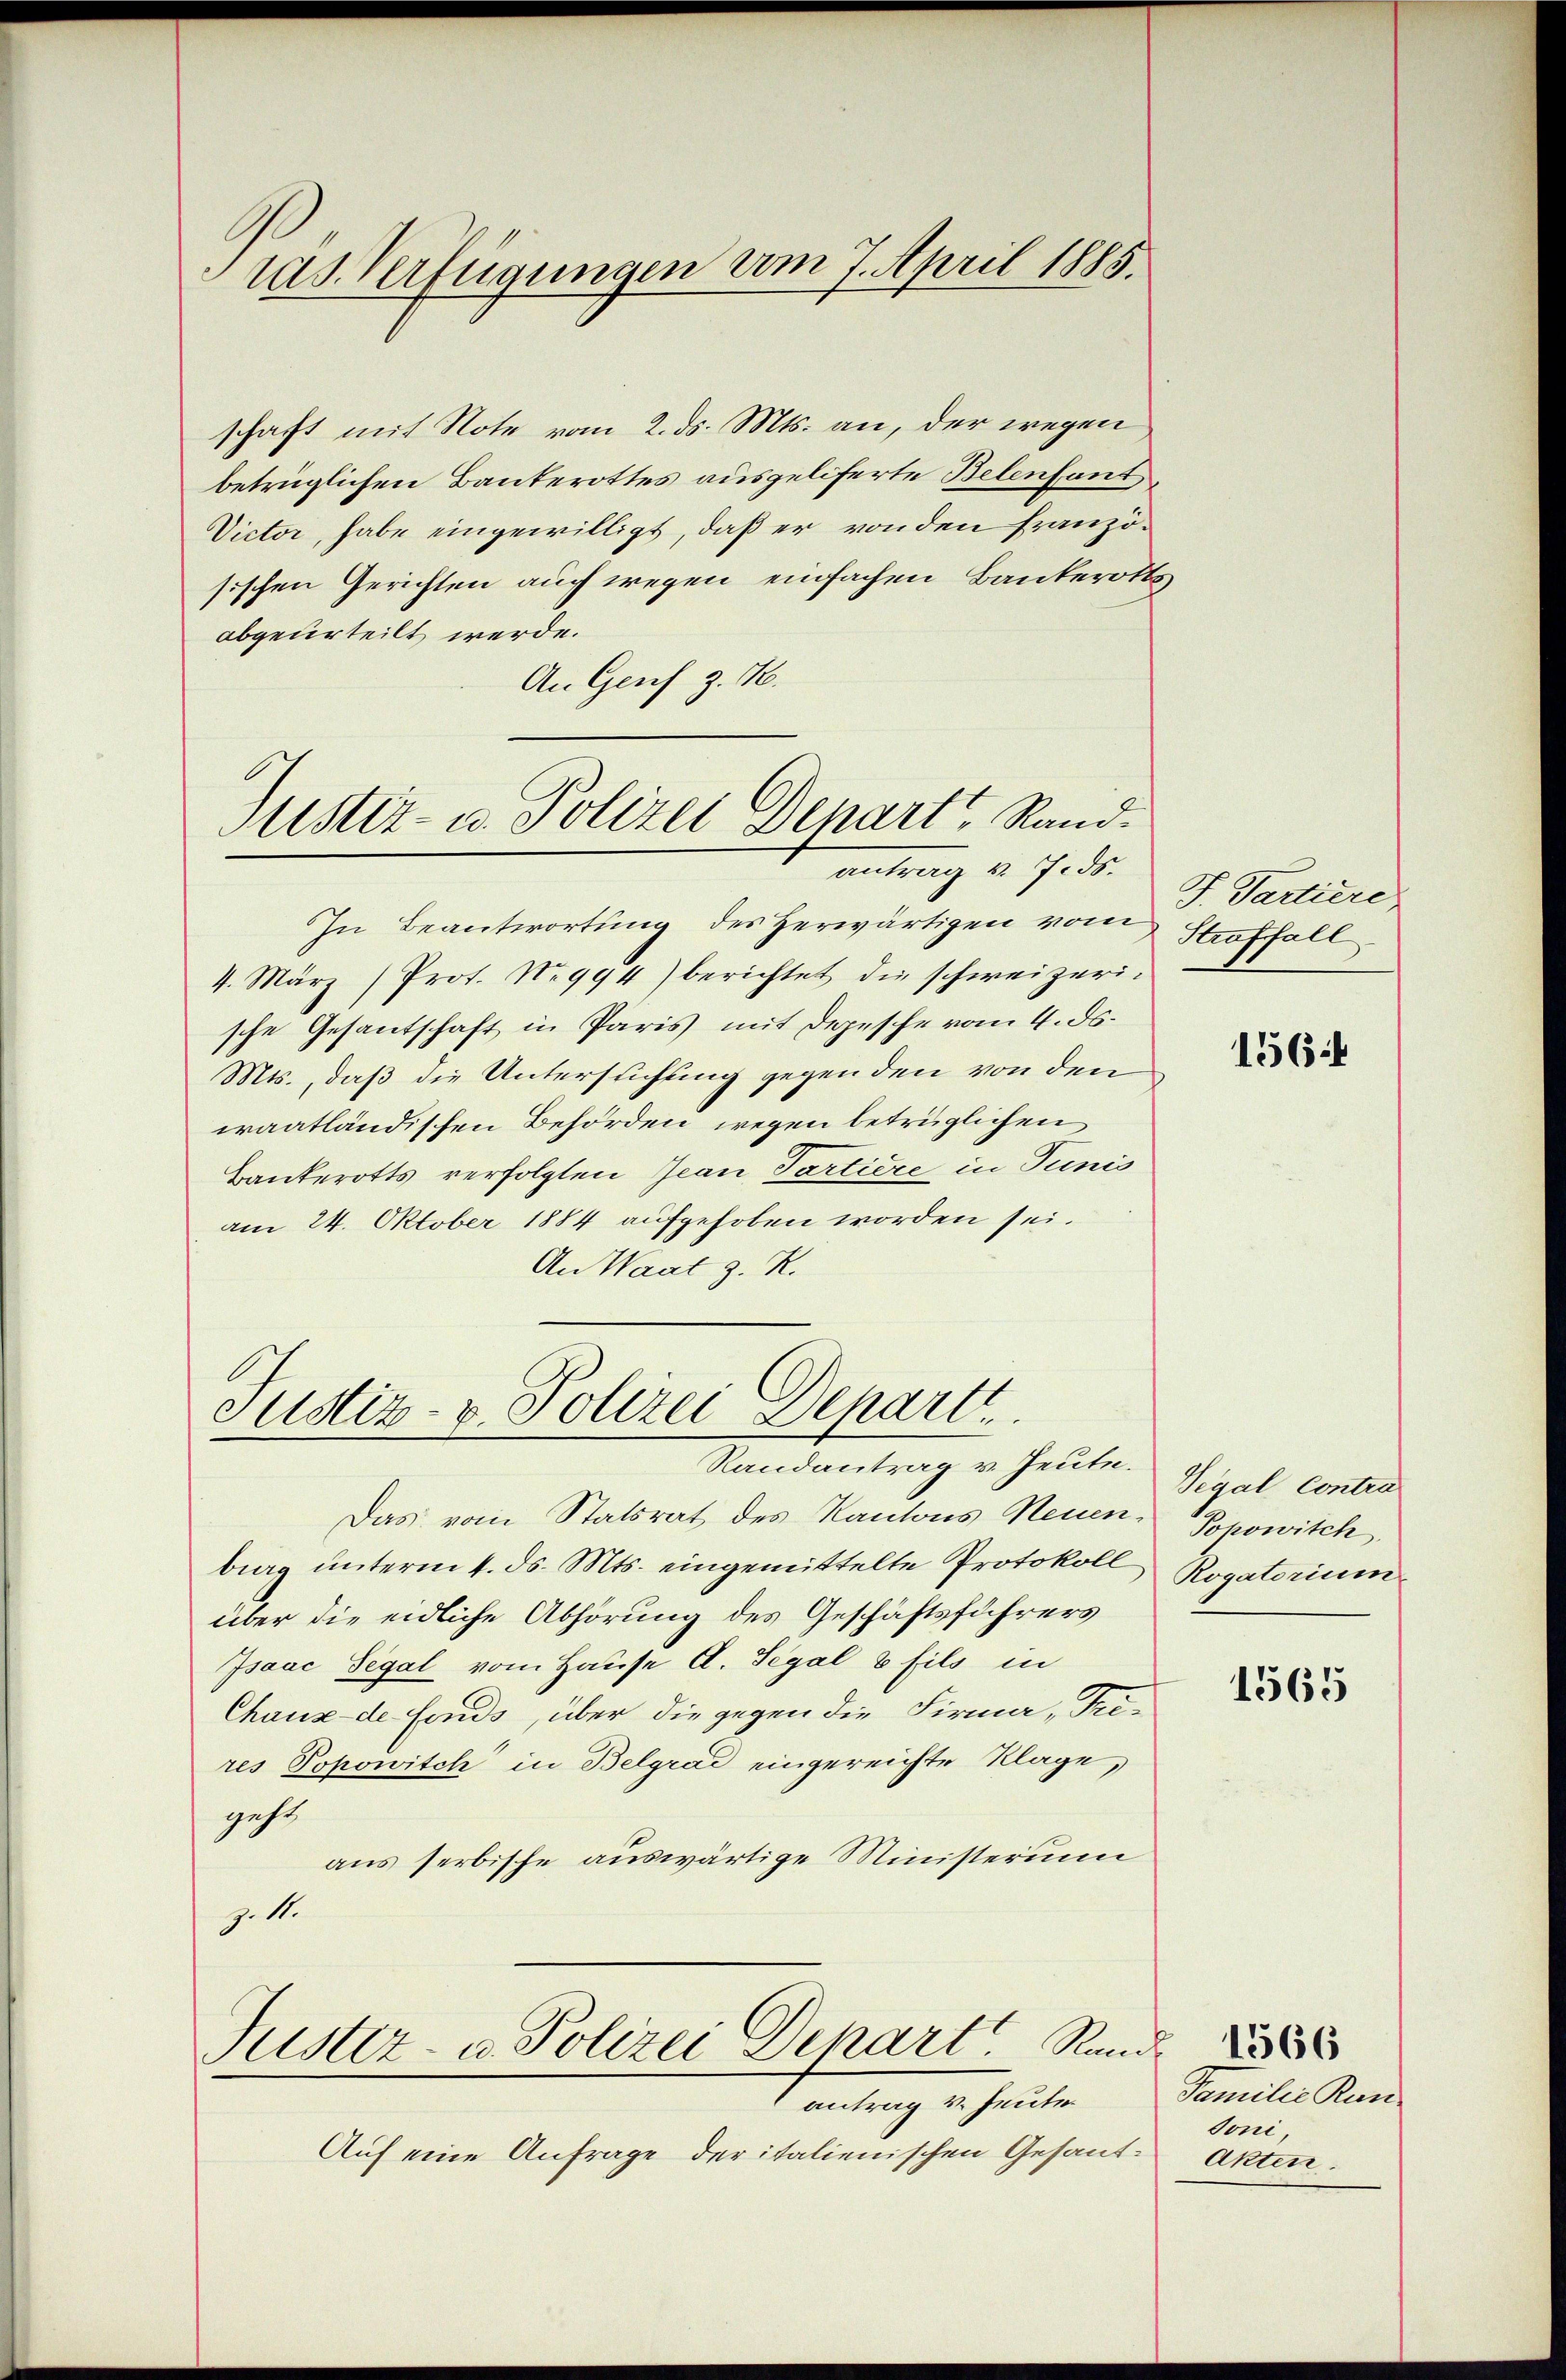
ras. Verfügungen vom 7. April 1885.

schaft mit Note vom 2. ds. Mts. an, der wegen
betrüglichen Bankerottes ausgeliferte Belenfant
Victor, habe eingewilligt, daß er von den Französischen Gerichten auch wegen einfachen Bauterotts
abgeurteilt werde.
An Genf z. B.

In Beantwortung des herwärtigen vom Stoffall
4. März (Prof. No 994) berichtet die schweizerische Gesantschaft in Paris mit Depesche vom 4. ds.
Mts., daß die Untersuchung gegen den von den
waatländischen Behörden wegen betrüglichen
Bankerotts verfolgten Jean Partiere in Junis
am 24. Oktober 1884 aufgehoben worden sei.
An Waat z. R.

Justiz- u. Polizei Depart, Rand.
antrag v. J. ds.

Justiz- & Polizei Depart
Randantrag v. Heute.

Justiz- u. Polizei Depart. Sand
antrag v. Heuten

Auf eine Anfrage der italienischen Gesand¬

Das vom Statsrat des Kantons Neuenbig unterm 4. ds. Mts. eingemittelte Protokoll
über die eidliche Abhörung des Geschäftsführers
Isaac Segal vom Hause A. Segal & fils in
Chaux de fonds, über die gegen die Firma „Trires Popowitch in Belgrad eingereichte Klage,
geht
aus serbische auswärtige Ministerium
z.1.

J. Partiere

156

Segal Contra
Popowitch
Rogatorium

1565

Familie Kun
Joni
Akten.